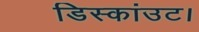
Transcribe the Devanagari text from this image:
डिस्कांउट।